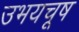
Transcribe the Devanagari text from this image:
उभयचूष